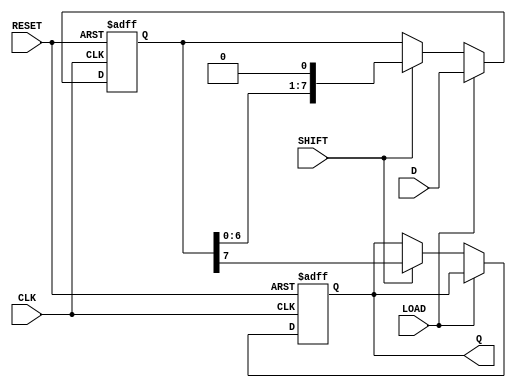
module ShiftPISO #(
    parameter WIDTH = 8 // Define the width of the register
)(
    input  wire [WIDTH-1:0] D,    // Parallel Data Input
    input  wire LOAD,               // Load Control Signal
    input  wire SHIFT,              // Shift Control Signal
    input  wire CLK,                // Clock Signal
    input  wire RESET,              // Asynchronous Reset
    output reg Q                   // Serial Output
);

    reg [WIDTH-1:0] shift_reg; // Shift register to hold data

    always @(posedge CLK or posedge RESET) begin
        if (RESET) begin
            shift_reg <= {WIDTH{1'b0}}; // Asynchronous reset
            Q <= 1'b0;                 // Ensure Q is zero on reset
        end else begin
            if (LOAD) begin
                shift_reg <= D; // Load the parallel input data into the register
            end else if (SHIFT) begin
                Q <= shift_reg[WIDTH-1]; // Output the MSB to Q
                shift_reg <= {shift_reg[WIDTH-2:0], 1'b0}; // Shift left and fill LSB with 0
            end
        end
    end

endmodule